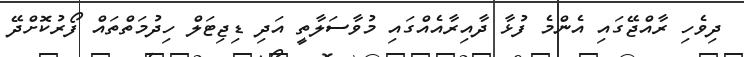
ދިވެހި ރާއްޖޭގައި އެންމެ ފުޅާ ދާއިރާއެއްގައި މުވާސަލާތީ އަދި ޑިޖިޓަލް ހިދުމަތްތައް ފޯރުކޮށްދޭ